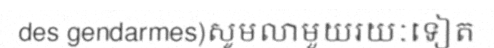
des gendarmes)សូមលាមួយរយៈទៀត